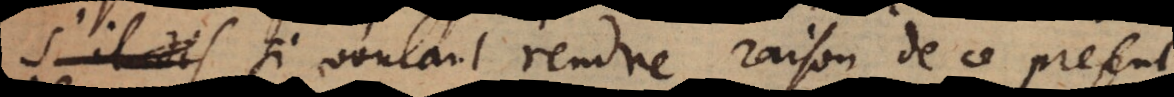
si voulant rendre raison de ce present